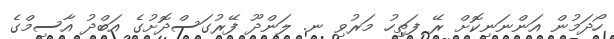
ހޯދަމުން އަންނަނިކޮށް ރޭ ފަތިހު މަރުވި ނ. ލަންދޫ ފޭރުގަސްދޮށުގެ އަބްދު އާސިމްގެ